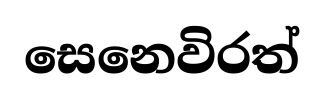
සෙනෙවිරත්